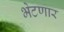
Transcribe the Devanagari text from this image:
भेटणार